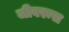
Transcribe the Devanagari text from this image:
जीवरूपा